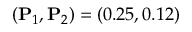
( \mathbf { P } _ { 1 } , \mathbf { P } _ { 2 } ) = ( 0 . 2 5 , 0 . 1 2 )